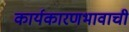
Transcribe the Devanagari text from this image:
कार्यकारणभावाची